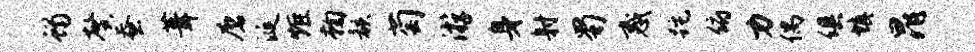
蝎馨蚕葺磨涎炬鞠骸萄游身射蜀惑跎俯力偶俱填晁